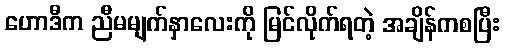
ဟောဒီက ညီမမျက်နှာလေးကို မြင်လိုက်ရတဲ့ အချိန်ကစပြီး